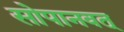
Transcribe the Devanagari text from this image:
सोपानवत्‌